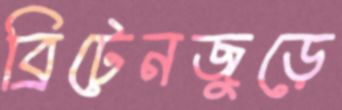
ব্রিটেনজুড়ে